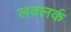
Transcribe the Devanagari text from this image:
लक्लर्क